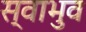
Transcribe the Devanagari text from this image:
स्वाभुव